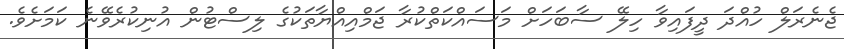
ޖެނެރަލް ހުއްދަ ދީފައިވާ ހިލޭ ސާބަހަށް މަސައްކަތްކުރާ ޖަމްއިއްޔާތަކުގެ ލިސްޓުން އުނިކުރެވޭނެ ކަމަށެވެ.